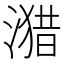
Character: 𰜻